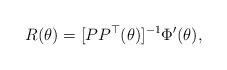
LaTeX: \begin{align*}{R}(\theta)= [PP^{\top}(\theta)]^{-1}\Phi'(\theta),\end{align*}